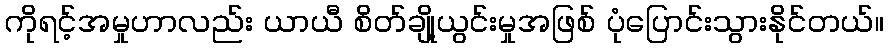
ကိုရင့်အမှုဟာလည်း ယာယီ စိတ်ချို့ယွင်းမှုအဖြစ် ပုံပြောင်းသွားနိုင်တယ်။